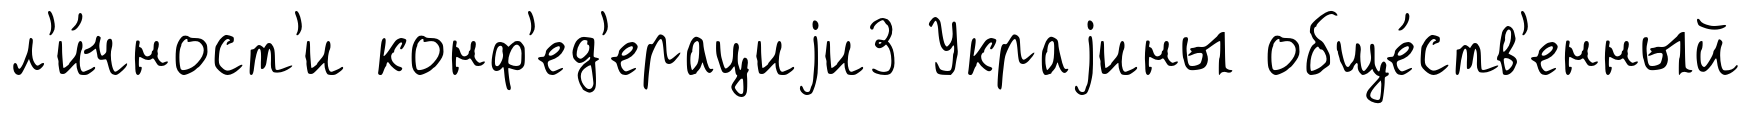
л'и́чност'и конф'ед'ерациjи3 Украjины обще́ств'енный